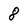
Character: 8